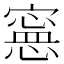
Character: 𡫇